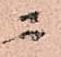
ニ